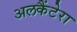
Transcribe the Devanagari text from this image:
अलकैंटेरा